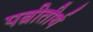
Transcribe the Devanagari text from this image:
पत्नीतीर्थ